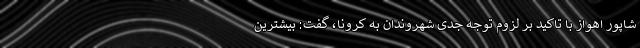
شاپور اهواز با تاکید بر لزوم توجه جدی شهروندان به کرونا، گفت: بیشترین